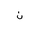
Letter: _non